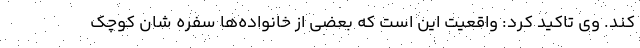
کند. وی تاکید کرد: واقعیت این است که بعضی از خانواده‌ها سفره شان کوچک